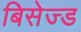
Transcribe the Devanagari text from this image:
बिसेज्ड